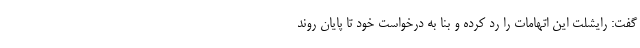
گفت: رایشلت این اتهامات را رد کرده و بنا به درخواست خود تا پایان روند